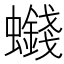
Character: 𮕒